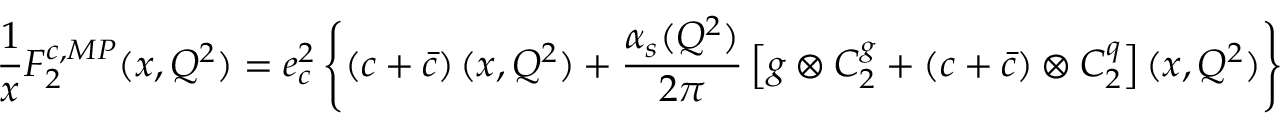
\frac { 1 } { x } F _ { 2 } ^ { c , M P } ( x , Q ^ { 2 } ) = e _ { c } ^ { 2 } \left\{ \left( c + { \bar { c } } \right) ( x , Q ^ { 2 } ) + \frac { \alpha _ { s } ( Q ^ { 2 } ) } { 2 \pi } \left[ g \otimes C _ { 2 } ^ { g } + \left( c + { \bar { c } } \right) \otimes C _ { 2 } ^ { q } \right] ( x , Q ^ { 2 } ) \right\} \ \ \ ,